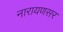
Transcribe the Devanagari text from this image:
नारायणसर